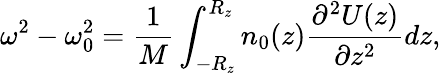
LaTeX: \omega^{2}-\omega_{0}^{2}=\frac{1}{M}\int_{-R_{z}}^{R_{z}}n_{0}(z)\frac{\partial^{2}U(z)}{\partial z^{2}}dz,